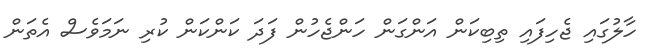
ހާލުގައި ޖެހިފައި ތިބިކަން އަންގަން ހަންޖެހުން ފަދަ ކަންކަން ކުރި ނަމަވެސް އެތަން